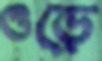
ওড়ে